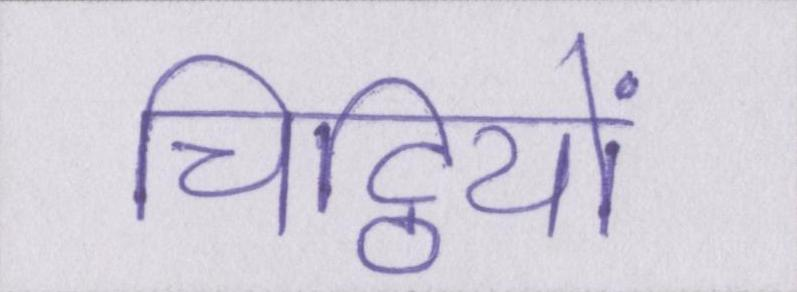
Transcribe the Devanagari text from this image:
चिट्ठियों